system: You are a helpful assistant.
user:
Analyze the provided spectrum to determine if it is a **White Dwarf (WD)**.

A White Dwarf spectrum is defined by its **extreme purity** (due to gravitational settling) and/or **extreme pressure broadening** (due to high surface gravity). You must check for one of the following mutually exclusive signatures:

- **Key Visual Indicators (Check for ONE of these types):**

    - **1. DA-Type Signature (Most Common):**
        - **(Primary Feature):** Extreme pressure broadening (Stark broadening) of the **Hydrogen (H) Balmer lines**.
        - **(Key Lines):** $H\beta$ (approx. $4861$ Å) and $H\gamma$ (approx. $4340$ Å). $H\alpha$ (approx. $6563$ Å) will also be present if the wavelength range covers it.
        - **(Line Profile):** This is the **defining feature**. The lines are **NOT** sharp. They appear as massive, **extremely broad and deep "troughs" or "dips"** in the spectrum, often hundreds of Ångströms wide. The continuum will appear to "scoop" down at these wavelengths.
        - **(Distinction):** Normal A-type or B-type stars have *narrow* and *sharp* Hydrogen lines. A DA White Dwarf's lines are unmistakably "smeared" or "blurry" from pressure.

    - **2. DB-Type Signature:**
        - **(Primary Feature):** Broad absorption lines from **Neutral Helium (He I)**. The spectrum must lack any visible Hydrogen lines.
        - **(Key Lines):** Look for broad absorption near $4471$ Å, $4921$ Å, and $5876$ Å.
        - **(Line Profile):** These lines are also significantly pressure-broadened, appearing much wider than they would in a normal B-type main-sequence star.

    - **3. DC-Type Signature:**
        - **(Primary Feature):** A **featureless continuous spectrum**.
        - **(Line Profile):** The spectrum is a smooth curve with **no significant absorption or emission lines**.
        - **(Key Confirmation):** The continuum is almost always **blue or white**, indicating a hot object. This signature implies the atmosphere is so pure (or so cool) that no spectral lines are visible in the optical range. Its WD identity is confirmed by its extremely low intrinsic brightness (high absolute magnitude).

    - **4. DZ-Type Signature (Metal-Polluted):**
        - **(Primary Feature):** **Isolated, narrow metal absorption lines** on an otherwise featureless (DC-like) continuum.
        - **(Key Lines):** The **Calcium (Ca II) H & K doublet** (approx. **$3934$ Å** and **$3968$ Å**) is the most common and defining feature.
        - **(Line Profile):** These lines are "out of place." They are *not* part of a "forest" of thousands of lines. This signature is evidence of recent *accretion* (pollution) from rocky debris.
        - **(Distinction):** Normal G/K/M stars have a *dense forest* of thousands of metal lines. A DZ has a *clean* continuum with *only a few* strong metal lines.

    - **5. DQ-Type Signature (Carbon-Polluted):**
        - **(Primary Feature):** Absorption bands from **Carbon (C₂ "Swan Bands" or atomic C I)**.
        - **(Key Lines - C₂):** Look for bandheads with a "saw-tooth" shape near $5635$ Å, **$5165$ Å** (strongest), and $4737$ Å.
        - **(Key Confirmation):** The underlying **continuum must be blue or white** (hot).
        - **(Distinction):** This is the critical difference from a **Carbon Star**, which has the *exact same* C₂ bands but on an extremely **red, cool** continuum.

- **(Overall Spectrum):**
    - The continuum (overall shape) is typically **blue-sloping** (brighter in the blue than the red), as most white dwarfs are very hot.
    - The spectrum will look "pure" or "simple," dominated by only *one* of the five signatures listed above.

Think first, call **spectral_visualization_tool** if needed to examine features in detail, then provide your final answer. Your response must adhere to the following strict rules:
1.  **Overall Structure:** Your response must follow the format `<think>...</think> <tool_call>...</tool_call> (if a tool is used) <answer>...</answer>`.
2.  **Tool Usage Constraint:** You may only make **one** tool call per turn.
3.  **Final Answer Format:** In the `<answer>` tag, your conclusion must be inside a `\boxed{}` command (e.g., `\boxed{YES}` or `\boxed{NO}`), followed by your justification.

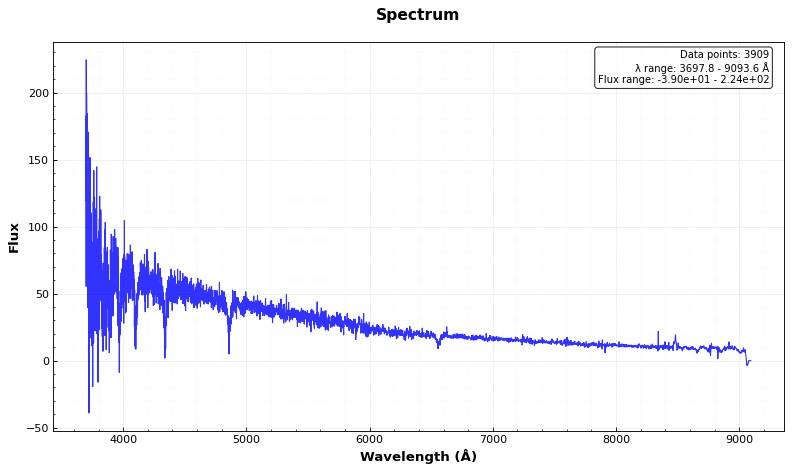
Answer: YES